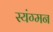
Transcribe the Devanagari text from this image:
स्यंग्मन